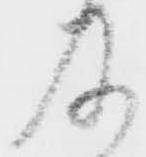
及